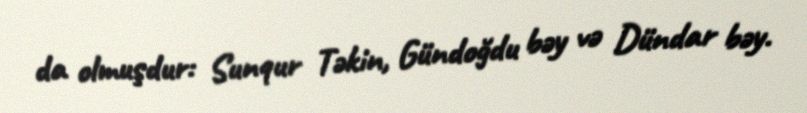
da olmuşdur: Sunqur Təkin, Gündoğdu bəy və Dündar bəy.